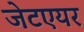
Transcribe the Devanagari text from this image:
जेटएयर